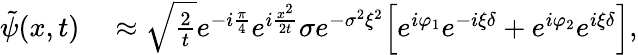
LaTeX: \begin{array}{rl}{\tilde{\psi}(x,t)}&{{}\approx\sqrt{\frac{2}{t}}e^{-i\frac{\pi}{4}}e^{i\frac{x^{2}}{2t}}\sigma e^{-\sigma^{2}\xi^{2}}\Big[e^{i\varphi_{1}}e^{-i\xi\delta}+e^{i\varphi_{2}}e^{i\xi\delta}\Big],}\end{array}